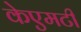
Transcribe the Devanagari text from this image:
केएमटी